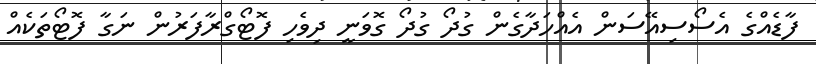
ފާޑެއްގެ އެސޯސިއޭސަން އެއްހަދާގެން ގުދޯ ގުދޯ ގޮވަަނީ ދިވެހި ފޮޓޯގްރާފަރުން ނަގާ ފޮޓޯތަކެއް